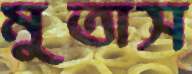
মুতাস